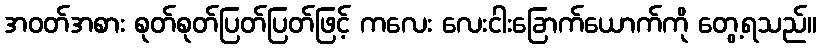
အဝတ်အစား စုတ်စုတ်ပြတ်ပြတ်ဖြင့် ကလေး လေးငါးခြောက်ယောက်ကို တွေ့ရသည်။